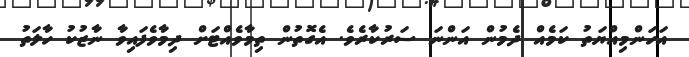
އަހަންމިއްޔަތު ކަމެއް ދެމުން އަންނަ ސަރުކާރެވެ. އެގޮތުން ތިމާވެއްޓަށް ދިމާވެފައިވާ ނާޒުކު ހާލަތު